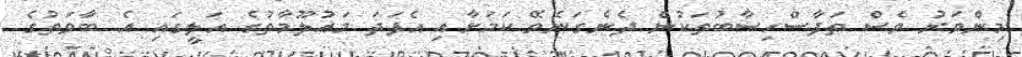
މިންވަރު ވެސް ތަފާސްހިސާބުތަކުން ދެނެގަނެވޭ ކަމަށާއި އެފަދަ މައުލޫމާތުގެ އަލީގައި އެ ބާވަތުގެ